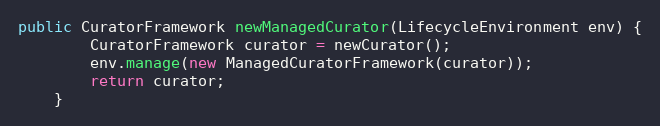
Language: Java
public CuratorFramework newManagedCurator(LifecycleEnvironment env) {
        CuratorFramework curator = newCurator();
        env.manage(new ManagedCuratorFramework(curator));
        return curator;
    }